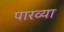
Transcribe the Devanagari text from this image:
पारव्या